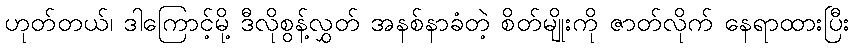
ဟုတ်တယ်၊ ဒါကြောင့်မို့ ဒီလိုစွန့်လွှတ် အနစ်နာခံတဲ့ စိတ်မျိုးကို ဇာတ်လိုက် နေရာထားပြီး